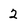
Character: 2